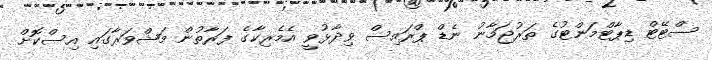
ސްޓޭޓް ޑިޕާޓްމަންޓުގެ ތަރުޖަމާނު ނެޑް ޕްރައިސް ވިދާޅުވީ އެމެރިކާގެ ފަރާތުން މަޝްވަރާގައި އިސްކޮށް